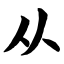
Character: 从